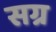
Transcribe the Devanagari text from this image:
सग्र